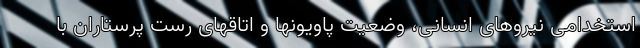
استخدامی نیروهای انسانی، وضعیت پاویونها و اتاقهای رست پرستاران با